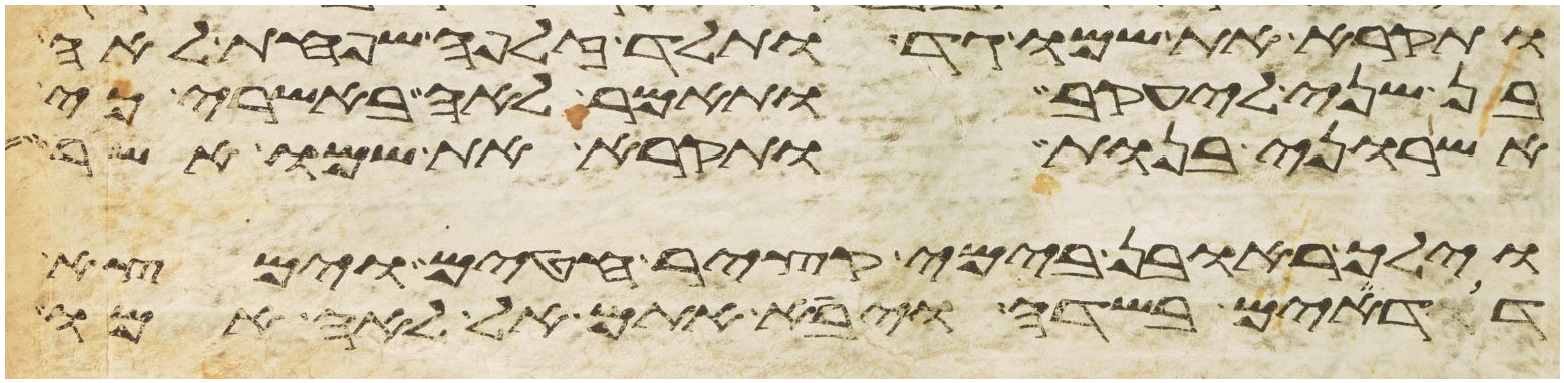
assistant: ותקרא את שמו גד ותלד זלפה שפחת לאה
בן שני ליעקב ותאמר לאה באשרי כי
אשרוני בנות ותקרא את שמו אשר
וילך ראובן בימי קציר חטים וימצא
דודים בשדה ויבא אתם אל לאה אמו